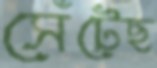
সেঁটেছ